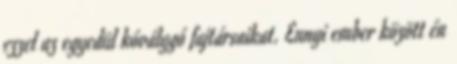
ezzel az egyedül kóválygó fajtársaikat. Ennyi ember között én